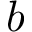
b